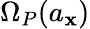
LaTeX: \Omega_{P}(a_{\mathbf{x}})